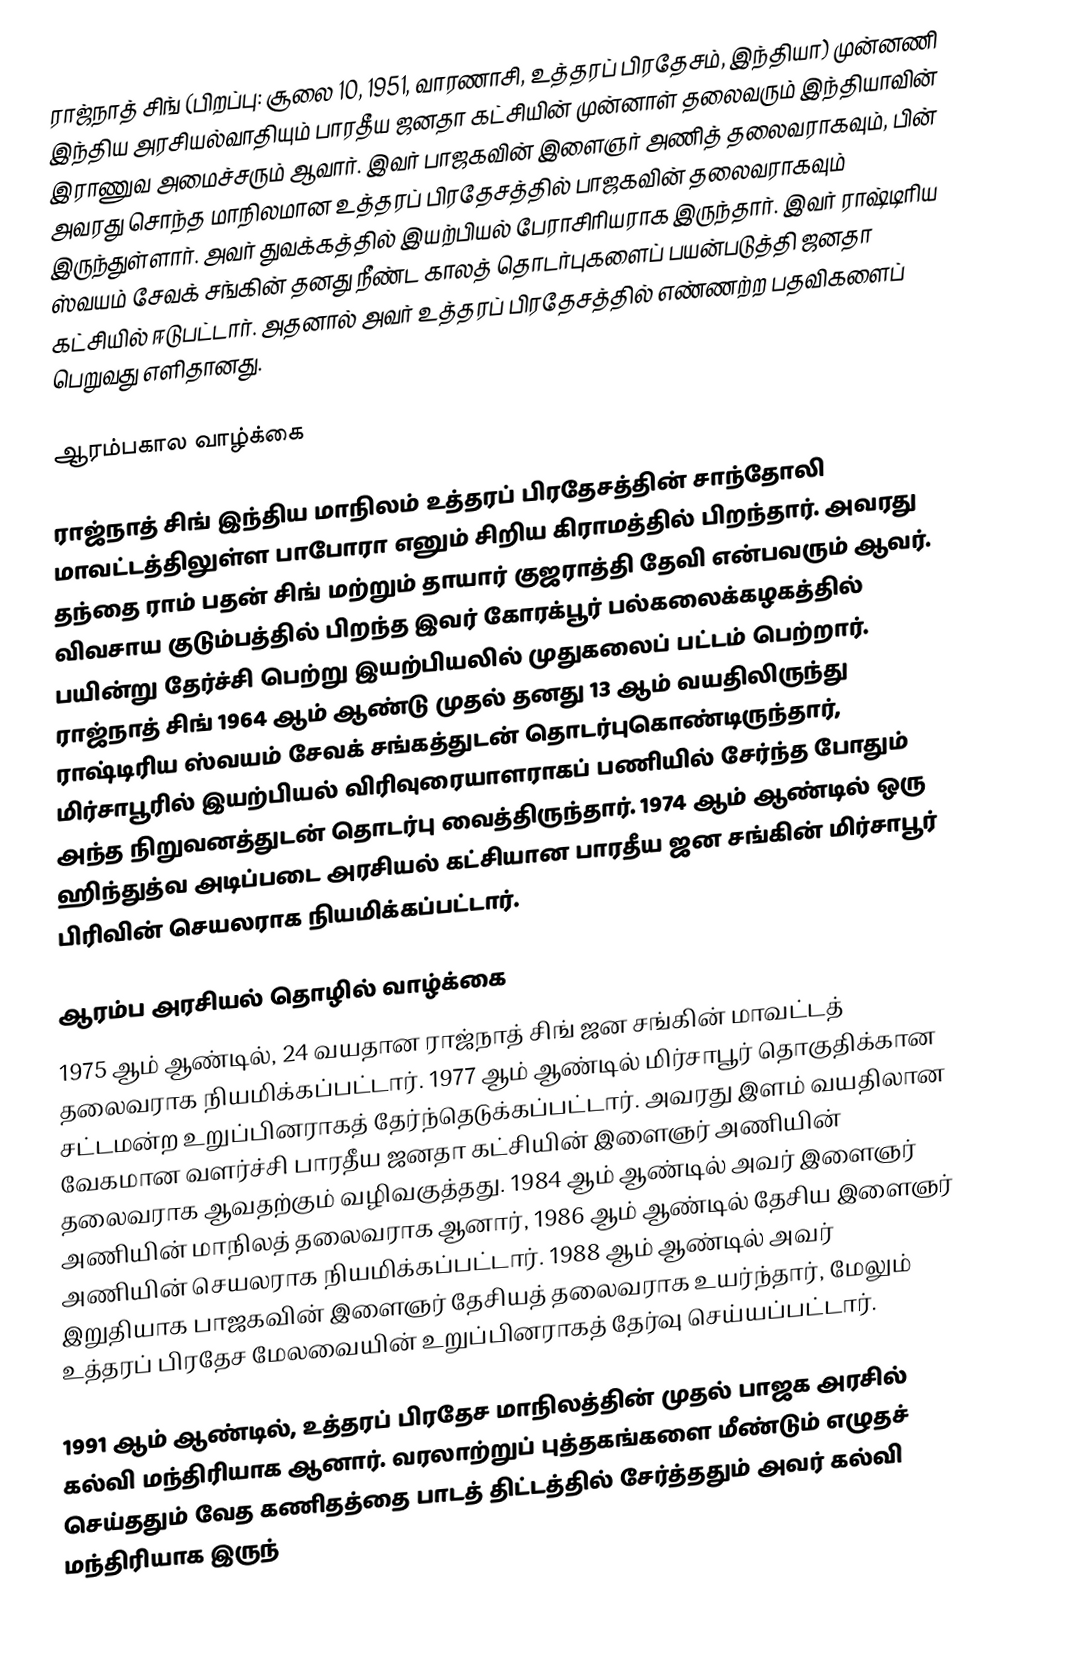
ராஜ்நாத் சிங் (பிறப்பு: சூலை 10, 1951, வாரணாசி, உத்தரப் பிரதேசம், இந்தியா) முன்னணி இந்திய அரசியல்வாதியும் பாரதீய ஜனதா கட்சியின் முன்னாள் தலைவரும் இந்தியாவின் இராணுவ அமைச்சரும் ஆவார். இவர் பாஜகவின் இளைஞர் அணித் தலைவராகவும், பின் அவரது சொந்த மாநிலமான உத்தரப் பிரதேசத்தில் பாஜகவின் தலைவராகவும் இருந்துள்ளார். அவர் துவக்கத்தில் இயற்பியல் பேராசிரியராக இருந்தார். இவர் ராஷ்டிரிய ஸ்வயம் சேவக் சங்கின் தனது நீண்ட காலத் தொடர்புகளைப் பயன்படுத்தி ஜனதா கட்சியில் ஈடுபட்டார். அதனால் அவர் உத்தரப் பிரதேசத்தில் எண்ணற்ற பதவிகளைப் பெறுவது எளிதானது.

ஆரம்பகால வாழ்க்கை

ராஜ்நாத் சிங் இந்திய மாநிலம் உத்தரப் பிரதேசத்தின் சாந்தோலி மாவட்டத்திலுள்ள பாபோரா எனும் சிறிய கிராமத்தில் பிறந்தார். அவரது தந்தை ராம் பதன் சிங் மற்றும் தாயார் குஜராத்தி தேவி என்பவரும் ஆவர். விவசாய குடும்பத்தில் பிறந்த இவர் கோரக்பூர் பல்கலைக்கழகத்தில் பயின்று தேர்ச்சி பெற்று இயற்பியலில் முதுகலைப் பட்டம் பெற்றார். ராஜ்நாத் சிங் 1964 ஆம் ஆண்டு முதல் தனது 13 ஆம் வயதிலிருந்து ராஷ்டிரிய ஸ்வயம் சேவக் சங்கத்துடன் தொடர்புகொண்டிருந்தார், மிர்சாபூரில் இயற்பியல் விரிவுரையாளராகப் பணியில் சேர்ந்த போதும் அந்த நிறுவனத்துடன் தொடர்பு வைத்திருந்தார். 1974 ஆம் ஆண்டில் ஒரு ஹிந்துத்வ அடிப்படை அரசியல் கட்சியான பாரதீய ஜன சங்கின் மிர்சாபூர் பிரிவின் செயலராக நியமிக்கப்பட்டார்.

ஆரம்ப அரசியல் தொழில் வாழ்க்கை
1975 ஆம் ஆண்டில், 24 வயதான ராஜ்நாத் சிங் ஜன சங்கின் மாவட்டத் தலைவராக நியமிக்கப்பட்டார். 1977 ஆம் ஆண்டில் மிர்சாபூர் தொகுதிக்கான சட்டமன்ற உறுப்பினராகத் தேர்ந்தெடுக்கப்பட்டார். அவரது இளம் வயதிலான வேகமான வளர்ச்சி பாரதீய ஜனதா கட்சியின் இளைஞர் அணியின் தலைவராக ஆவதற்கும் வழிவகுத்தது. 1984 ஆம் ஆண்டில் அவர் இளைஞர் அணியின் மாநிலத் தலைவராக ஆனார், 1986 ஆம் ஆண்டில் தேசிய இளைஞர் அணியின் செயலராக நியமிக்கப்பட்டார். 1988 ஆம் ஆண்டில் அவர் இறுதியாக பாஜகவின் இளைஞர் தேசியத் தலைவராக உயர்ந்தார், மேலும் உத்தரப் பிரதேச மேலவையின் உறுப்பினராகத் தேர்வு செய்யப்பட்டார்.

1991 ஆம் ஆண்டில், உத்தரப் பிரதேச மாநிலத்தின் முதல் பாஜக அரசில் கல்வி மந்திரியாக ஆனார். வரலாற்றுப் புத்தகங்களை மீண்டும் எழுதச் செய்ததும் வேத கணிதத்தை பாடத் திட்டத்தில் சேர்த்ததும் அவர் கல்வி மந்திரியாக இருந்